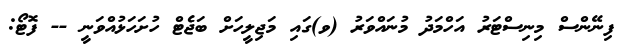
ފިނޭންސް މިނިސްޓަރު އަހްމަދު މުނައްވަރު (ވ)ގައި މަޖިލީހަށް ބަޖެޓް ހުށަހަޅުއްވަނީ -- ފޮޓޯ: